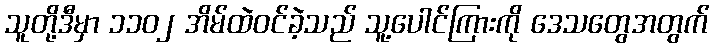
သူတို့ဒီမှာ ၁၁၀၂ အိမ်ထဲဝင်ခဲ့သည် သူ့ပေါင်ကြားကို ဒေသတွေအတွက်